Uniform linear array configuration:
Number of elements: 48
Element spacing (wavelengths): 0.5
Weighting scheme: exponential
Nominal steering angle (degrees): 45
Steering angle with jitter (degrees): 44.954
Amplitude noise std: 0.05
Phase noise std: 0.05

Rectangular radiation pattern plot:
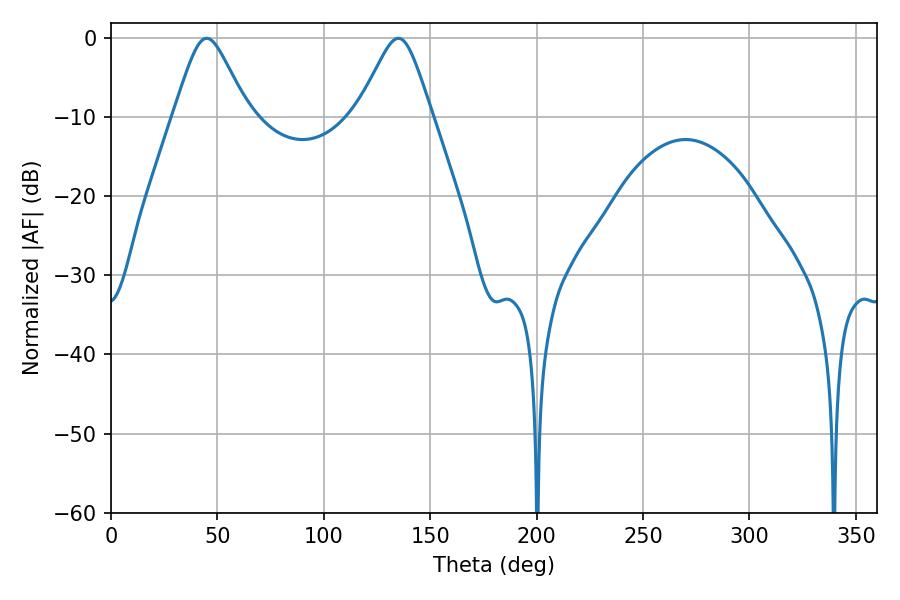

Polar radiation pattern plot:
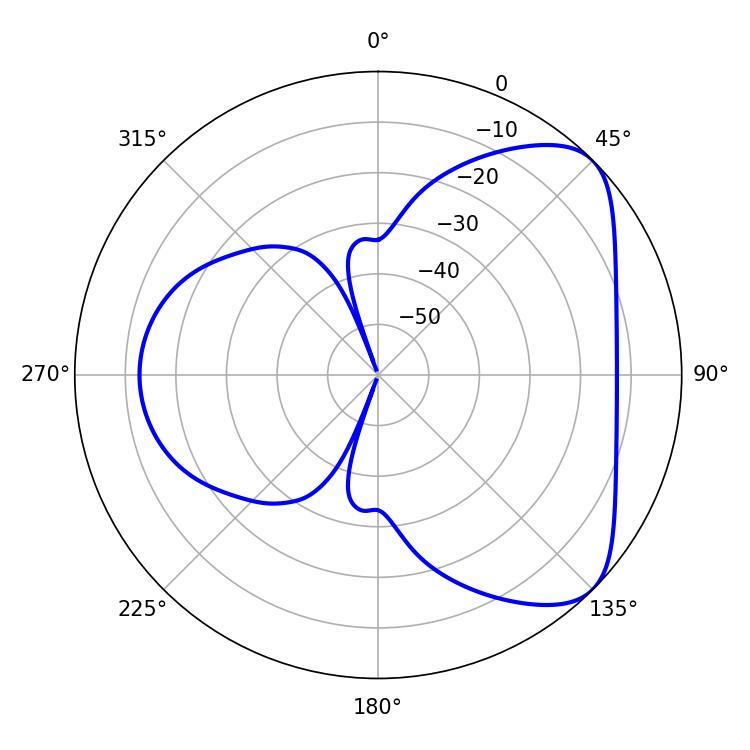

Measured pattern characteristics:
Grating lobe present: FALSE
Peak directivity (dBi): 6.003
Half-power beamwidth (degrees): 16.74
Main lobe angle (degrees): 45